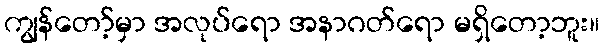
ကျွန်တော့်မှာ အလုပ်ရော အနာဂတ်ရော မရှိတော့ဘူး။